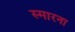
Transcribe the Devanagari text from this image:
स्मारना